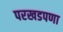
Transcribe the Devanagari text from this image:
परखडपणा